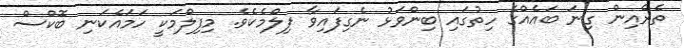
ތެރެއިން ގިނަ ބައެއްގެ ހިތުގައި ބިންވަޅު ނެގިފައިވާ ފިލްމެކެވެ. މިފިލްމަކީ ހަމައެކަނި ބޮކްސް